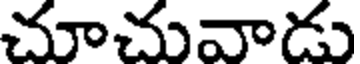
చూచువాడు